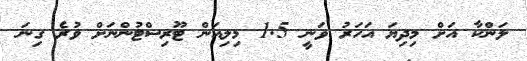
ލަންކާ އަށް މިދިޔަ އަހަރު ވަނީ 1.5 މިލިއަން ޓޫރިސްޓުންނަށް ވުރެ ގިނަ